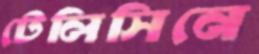
টেলিসিনে